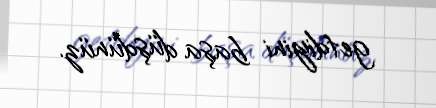
getdiyini başa düşdünüz.